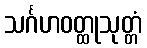
သင်္ဂဟဝတ္ထုသုတ္တံ